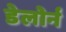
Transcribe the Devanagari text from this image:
डेलोर्न